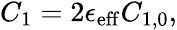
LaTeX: \begin{array}{r}{C_{1}=2\epsilon_{\mathrm{eff}}C_{1,0},}\end{array}